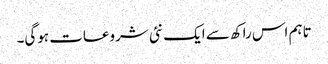
تاہم اس راکھ سے ایک نئی شروعات ہوگی۔